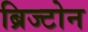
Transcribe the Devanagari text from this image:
ब्रिज्टोन